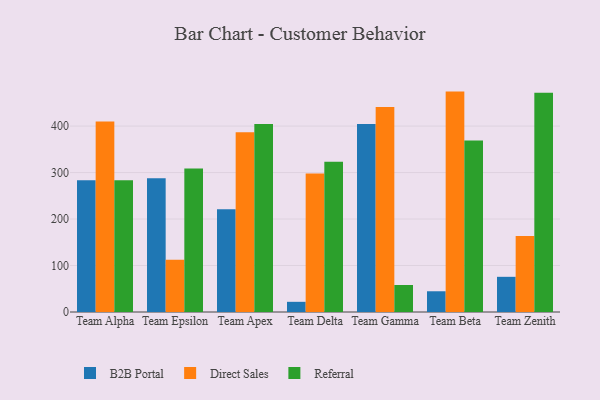
{"axis": {"x": "Team", "y": "Active Users"}, "legend": ["B2B Portal", "Direct Sales", "Referral"], "data": [{"x": "Team Alpha", "y": 283.5, "type": "B2B Portal"}, {"x": "Team Alpha", "y": 409.6, "type": "Direct Sales"}, {"x": "Team Alpha", "y": 283.2, "type": "Referral"}, {"x": "Team Epsilon", "y": 288.0, "type": "B2B Portal"}, {"x": "Team Epsilon", "y": 112.3, "type": "Direct Sales"}, {"x": "Team Epsilon", "y": 308.6, "type": "Referral"}, {"x": "Team Apex", "y": 221.3, "type": "B2B Portal"}, {"x": "Team Apex", "y": 386.9, "type": "Direct Sales"}, {"x": "Team Apex", "y": 404.3, "type": "Referral"}, {"x": "Team Delta", "y": 21.9, "type": "B2B Portal"}, {"x": "Team Delta", "y": 298.0, "type": "Direct Sales"}, {"x": "Team Delta", "y": 323.4, "type": "Referral"}, {"x": "Team Gamma", "y": 404.4, "type": "B2B Portal"}, {"x": "Team Gamma", "y": 441.1, "type": "Direct Sales"}, {"x": "Team Gamma", "y": 58.1, "type": "Referral"}, {"x": "Team Beta", "y": 44.6, "type": "B2B Portal"}, {"x": "Team Beta", "y": 474.2, "type": "Direct Sales"}, {"x": "Team Beta", "y": 369.0, "type": "Referral"}, {"x": "Team Zenith", "y": 75.7, "type": "B2B Portal"}, {"x": "Team Zenith", "y": 163.5, "type": "Direct Sales"}, {"x": "Team Zenith", "y": 471.5, "type": "Referral"}]}